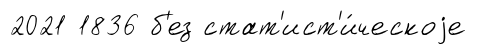
2021 1836 б'ез стат'ист'и́ческоjе